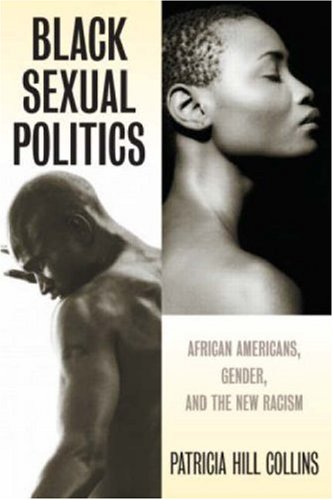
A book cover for Black Sexual Politics: African Americans, Gender, and the New Racism; Patricia Hill Collins; Medical Books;